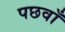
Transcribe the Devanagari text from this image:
पछवाँ